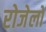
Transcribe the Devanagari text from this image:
रोजेलो